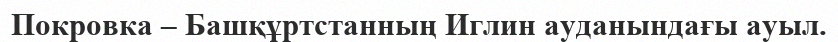
Покровка – Башқұртстанның Иглин ауданындағы ауыл.